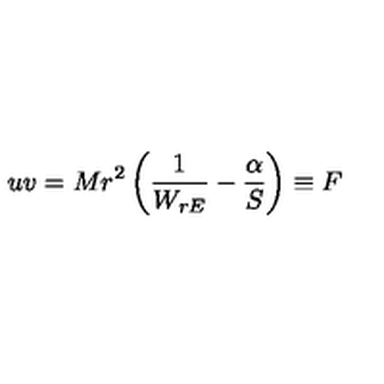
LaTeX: u v = M r ^ { 2 } \left( \frac { 1 } { W _ { r E } } - \frac { \alpha } { S } \right) \equiv F